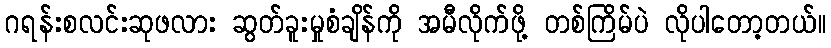
ဂရန်းစလင်းဆုဖလား ဆွတ်ခူးမှုစံချိန်ကို အမီလိုက်ဖို့ တစ်ကြိမ်ပဲ လိုပါတော့တယ်။